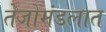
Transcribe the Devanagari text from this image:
तेजोमंडलात